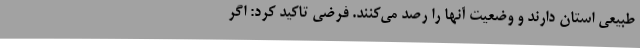
طبیعی استان دارند و وضعیت آنها را رصد می‌کنند. فرضی تاکید کرد: اگر